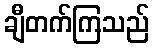
ချီတက်ကြသည်